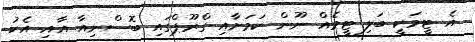
އެ ޓީމަކީ ބަލި ޓީމެއް ނޫން ކަމަށާއި ގްރޫޕްގައި ބޮސްނިއާ އާއި އެކު